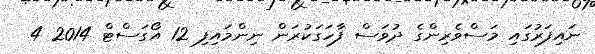
ނައިފަރުގައި މަސްވެރިންގެ ދުވަސް ފާހަގަކުރަން ނިންމައިފި 12 އޯގަސްޓް 2014 4